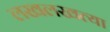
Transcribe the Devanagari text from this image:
लखलखत्या